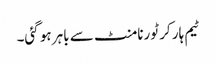
ٹیم ہار کر ٹورنامنٹ سے باہر ہو گئی۔